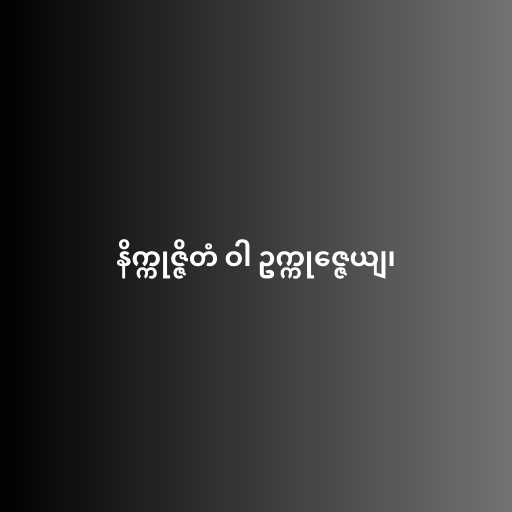
နိက္ကုဇ္ဇိတံ ဝါ ဥက္ကုဇ္ဇေယျ၊